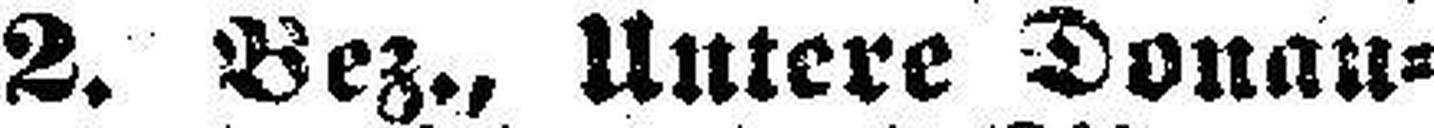
2. Bez., Untere Donau¬